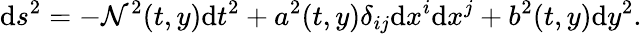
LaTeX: \mathrm{d}s^{2}=-\mathcal{N}^{2}(t,y)\mathrm{d}t^{2}+a^{2}(t,y)\delta_{ij}\mathrm{d}x^{i}\mathrm{d}x^{j}+b^{2}(t,y)\mathrm{d}y^{2}.